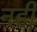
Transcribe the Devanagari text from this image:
नही़